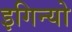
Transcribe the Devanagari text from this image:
इगिन्यो